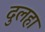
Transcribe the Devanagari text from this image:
दुलहा